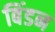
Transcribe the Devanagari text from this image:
बिंडन